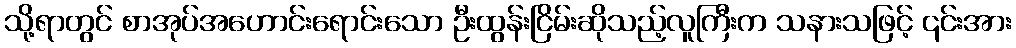
သို့ရာတွင် စာအုပ်အဟောင်းရောင်းသော ဦးထွန်းငြိမ်းဆိုသည့်လူကြီးက သနားသဖြင့် ၎င်းအား